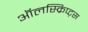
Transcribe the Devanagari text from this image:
ऑलस्क्रिप्ट्स